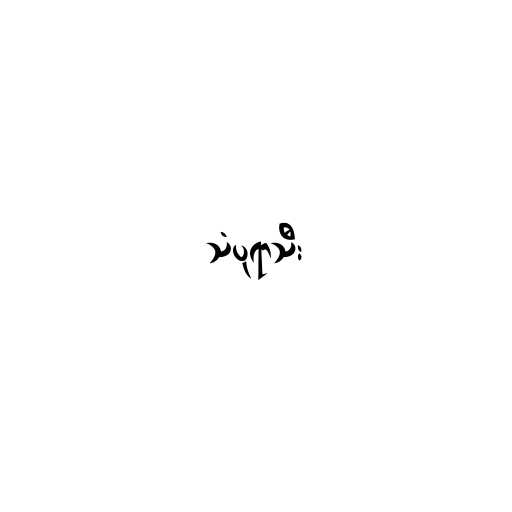
သံပုရာသီး